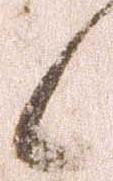
候